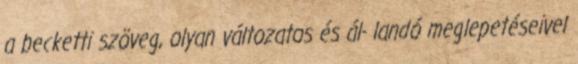
a becketti szöveg, olyan változatos és ál- landó meglepetéseivel